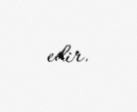
edir.